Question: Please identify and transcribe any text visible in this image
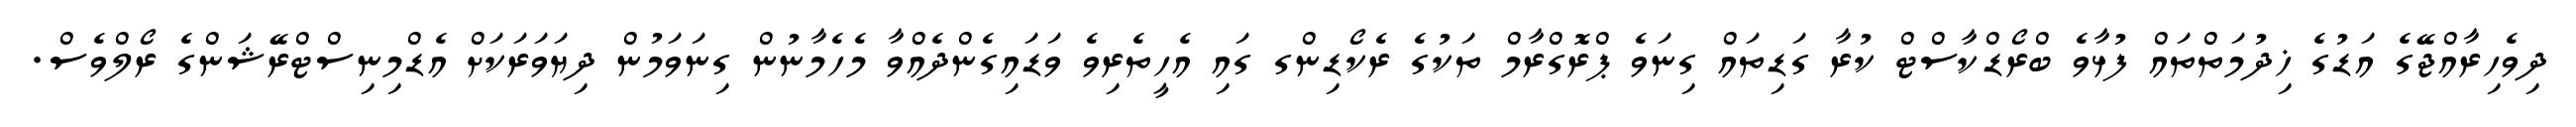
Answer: ދިވެހިރާއްޖޭގެ އަޑުގެ ޚިދުމަތްތައް ފުޅާވެ ބްރޯޑްކާސްޓް ކުރާ ގަޑިތައް ގިނަވެ ޕްރޮގްރާމް ތަކުގެ ރެކޯޑިންގ ގައި އެހީތެރިވެ ވަޑައިގެންދެއްވާ މެހެމާނުން ގިނަވަމުން ދިޔަވަރަކަށް އެޑްމިނިސްޓްރޭޝަންގެ ރޯލްވެސް.